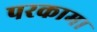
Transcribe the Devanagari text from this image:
परकामा